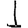
Digit: 1